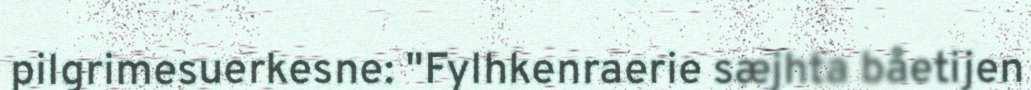
pilgrimesuerkesne: "Fylhkenraerie sæjhta båetijen